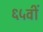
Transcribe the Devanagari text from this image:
६५वीं